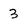
Character: 3